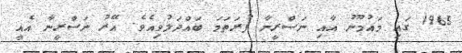
1965 ގައި މައުމޫނު އާއި ނަސްރީނާ ފުރަތަމަ ބައްދަލުވިއެވެ. އޭރު ނަސްރީނާ އެއީ